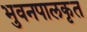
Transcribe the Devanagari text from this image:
भुवनपालकृत